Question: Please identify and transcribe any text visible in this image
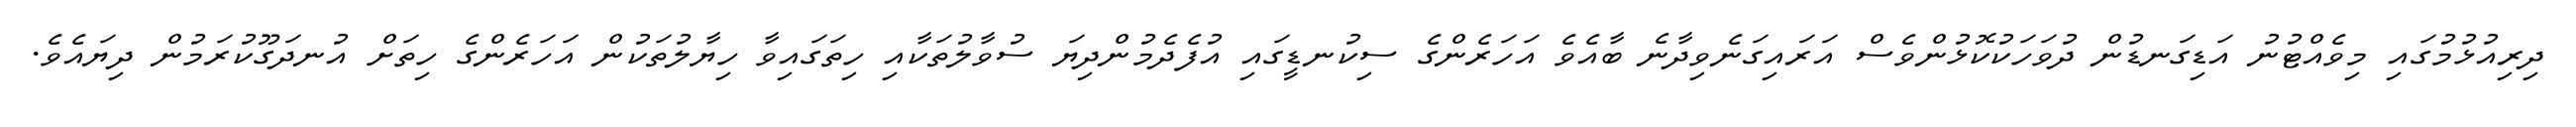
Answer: ދިރިއުޅުމުގައި މިވެއްޓުނު އަޑިގަނޑުން ދުވަހަކުކޮޅުންވެސް އަރައިގަނެވިދާނެ ބާއެވެ އަހަރެންގެ ސިކުނޑީގައި އުފެދެމުންދިޔަ ސުވާލުތަކާއި ހިތަގައިވާ ހިޔާލުތަކުން އަހަރެންގެ ހިތަށް އުނދަގޫކުރަމުން ދިޔައެވެ.